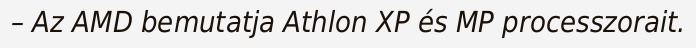
– Az AMD bemutatja Athlon XP és MP processzorait.